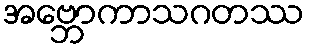
အဗ္ဘောကာသဂတဿ